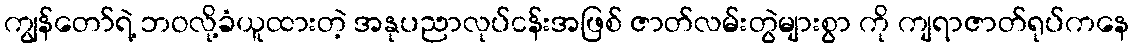
ကျွန်တော်ရဲ့ ဘဝလို့ခံယူထားတဲ့ အနုပညာလုပ်ငန်းအဖြစ် ဇာတ်လမ်းတွဲများစွာ ကို ကျရာဇာတ်ရုပ်ကနေ